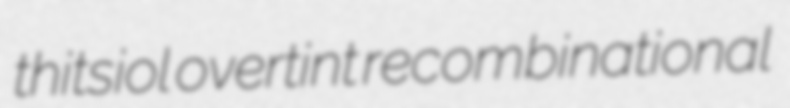
thitsiol overtint recombinational